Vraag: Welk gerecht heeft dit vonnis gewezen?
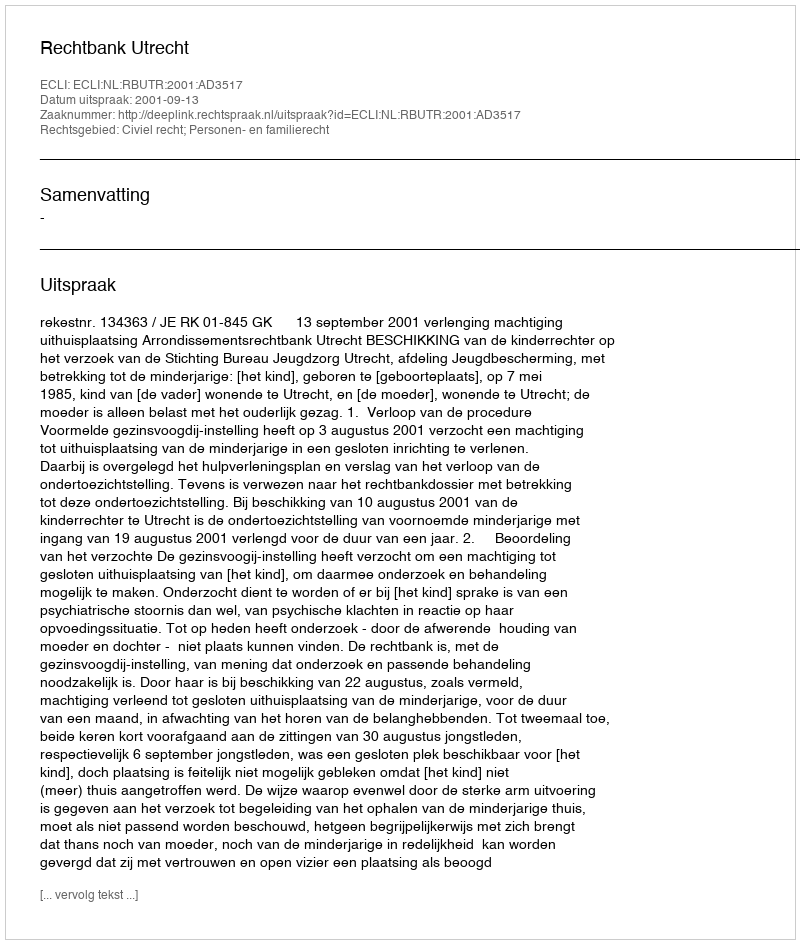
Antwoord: Rechtbank Utrecht